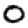
Digit: 0